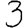
Digit: 3